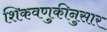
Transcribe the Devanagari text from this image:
शिकवणुकीनुसार